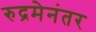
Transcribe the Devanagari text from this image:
रुद्रमेनंतर